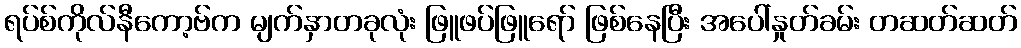
ရပ်စ်ကိုလ်နီကော့ဗ်က မျက်နှာတခုလုံး ဖြူဖပ်ဖြူရော် ဖြစ်နေပြီး အပေါ်နှုတ်ခမ်း တဆတ်ဆတ်